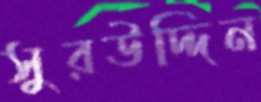
সুরউদ্দিন